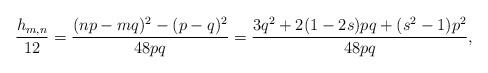
LaTeX: \begin{align*}\frac{h_{m,n}}{12}=\frac{(np-mq)^2-(p-q)^2}{48pq}=\frac{3q^2+2(1-2s)pq+(s^2-1)p^2}{48pq},\end{align*}